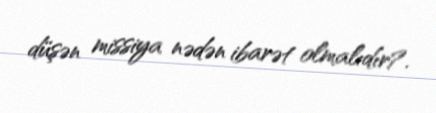
düşən missiya nədən ibarət olmalıdır?.